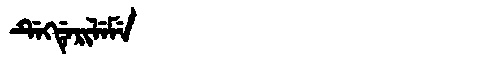
Manchu: ᡩᡝᡴᡩᡝᡵᡳᠯᡝᠮᡝ
Romanization: DEKDERILEME